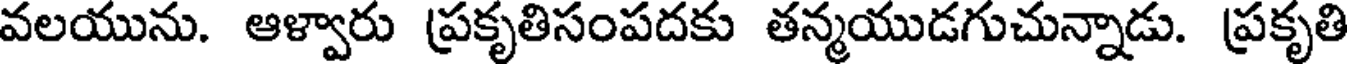
వలయును. ఆళ్వారు ప్రకృతిసంపదకు తన్మయుడగుచున్నాడు. ప్రకృతి